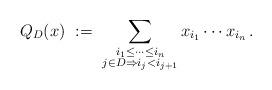
LaTeX: \begin{align*} Q_D(x)\ :=\ \sum_{\substack{i_1 \leq \cdots \leq i_n \\ j \in D \Rightarrow i_j < i_{j+1}}} x_{i_1} \cdots x_{i_n}\, .\end{align*}